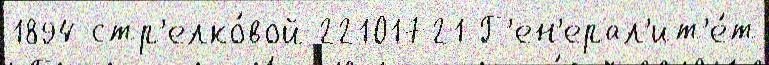
1894 стр'елко́вой 22101721 Г'ен'ерал'ит'е́т